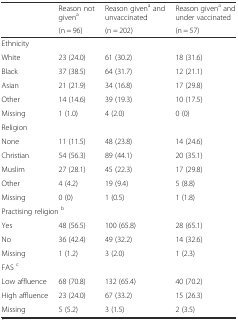
|  | Reason not givena | Reason givena and unvaccinated | Reason givena and under vaccinated |
 |  | (n = 96) | (n = 202) | (n = 57) |
 | --- | --- | --- | --- |
 | <COLSPAN=4> Ethnicity |
 | White | 23 (24.0) | 61 (30.2) | 18 (31.6) |
 | Black | 37 (38.5) | 64 (31.7) | 12 (21.1) |
 | Asian | 21 (21.9) | 34 (16.8) | 17 (29.8) |
 | Other | 14 (14.6) | 39 (19.3) | 10 (17.5) |
 | Missing | 1 (1.0) | 4 (2.0) | 0 (0) |
 | <COLSPAN=4> Religion |
 | None | 11 (11.5) | 48 (23.8) | 14 (24.6) |
 | Christian | 54 (56.3) | 89 (44.1) | 20 (35.1) |
 | Muslim | 27 (28.1) | 45 (22.3) | 17 (29.8) |
 | Other | 4 (4.2) | 19 (9.4) | 5 (8.8) |
 | Missing | 0 (0) | 1 (0.5) | 1 (1.8) |
 | <COLSPAN=4> Practising religion b |
 | Yes | 48 (56.5) | 100 (65.8) | 28 (65.1) |
 | No | 36 (42.4) | 49 (32.2) | 14 (32.6) |
 | Missing | 1 (1.2) | 3 (2.0) | 1 (2.3) |
 | <COLSPAN=4> FAS c |
 | Low affluence | 68 (70.8) | 132 (65.4) | 40 (70.2) |
 | High affluence | 23 (24.0) | 67 (33.2) | 15 (26.3) |
 | Missing | 5 (5.2) | 3 (1.5) | 2 (3.5) |